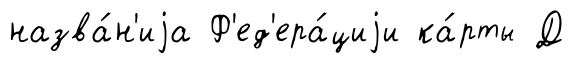
назва́н'иjа Ф'ед'ера́циjи ка́рты Д